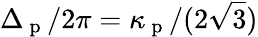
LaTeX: \Delta_{\mathrm{~p~}}/2\pi=\kappa_{\mathrm{~p~}}/(2\sqrt{3})